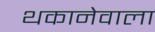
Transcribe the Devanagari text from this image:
थकानेवाला